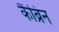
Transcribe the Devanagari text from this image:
कैंब्रिन